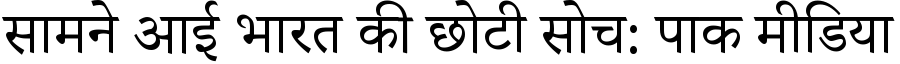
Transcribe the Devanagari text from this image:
सामने आई भारत की छोटी सोच: पाक मीडिया